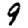
Digit: 9